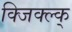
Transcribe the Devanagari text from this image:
क्जिक्ल्क्